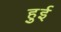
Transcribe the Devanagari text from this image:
हुुई